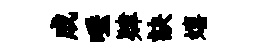
成唾肄訣嬉